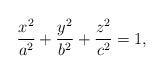
LaTeX: \begin{align*}\frac{x^2}{a^2}+\frac{y^2}{b^2}+\frac{z^2}{c^2}=1,\end{align*}